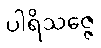
ပါရိသဇ္ဇေ